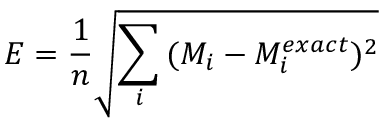
E = \frac { 1 } { n } \sqrt { \sum _ { i } { ( M _ { i } - M _ { i } ^ { e x a c t } ) ^ { 2 } } }